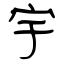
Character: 宇